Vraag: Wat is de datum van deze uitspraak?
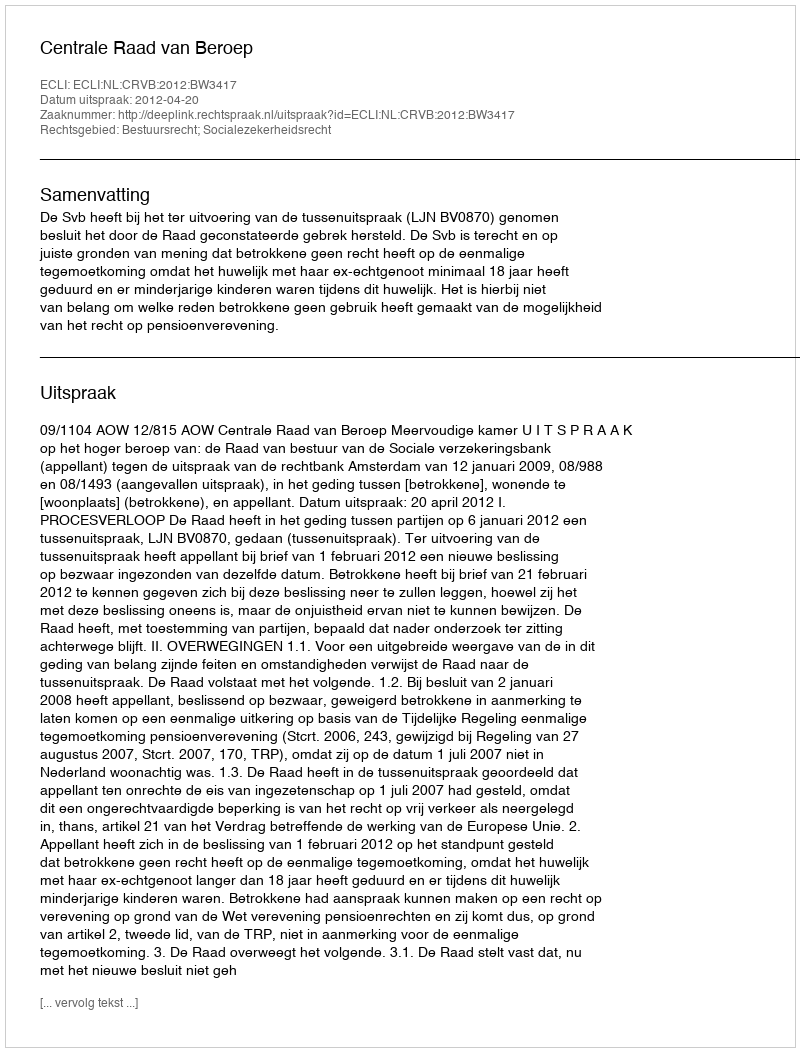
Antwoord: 2012-04-20